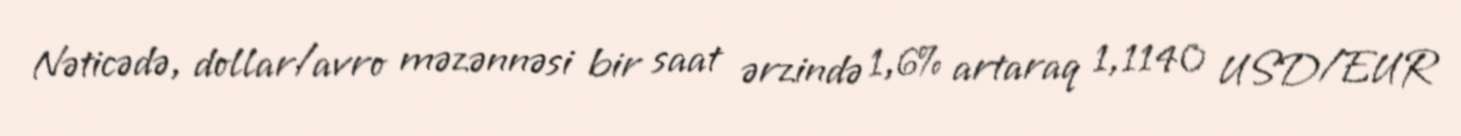
Nəticədə, dollar/avro məzənnəsi bir saat ərzində 1,6% artaraq 1,1140 USD/EUR